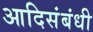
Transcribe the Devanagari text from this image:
आदिसंबंधी